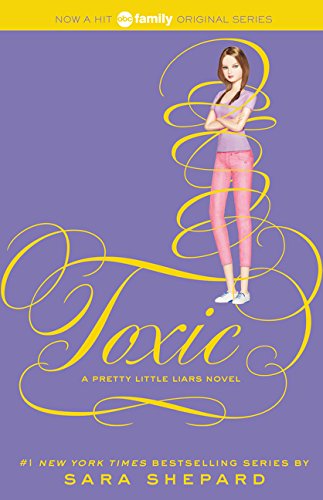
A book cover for Pretty Little Liars #15: Toxic; Sara Shepard; Teen & Young Adult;